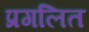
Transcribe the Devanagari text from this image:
प्रगलित